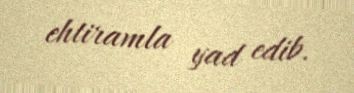
ehtiramla yad edib.